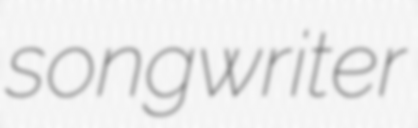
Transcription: songwriter